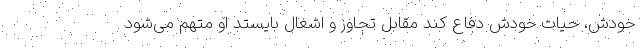
خودش، حیات خودش دفاع کند مقابل تجاوز و اشغال بایستد او متهم می‌شود